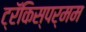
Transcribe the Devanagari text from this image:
ट्रॅकिस्पर्मम